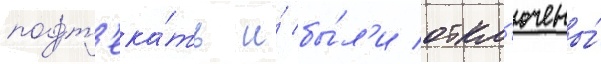
подт'ека́ть и́ бы́л'и откл'ючены́